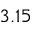
3 . 1 5